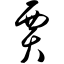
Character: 贾